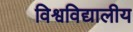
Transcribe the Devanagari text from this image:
विश्वविद्यालीय